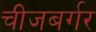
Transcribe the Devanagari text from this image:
चीजबर्गर